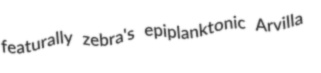
featurally zebra's epiplanktonic Arvilla